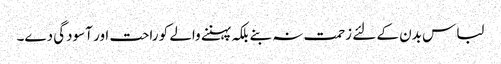
لباس بدن کے لئے زحمت نہ بنے بلکہ پہننے والے کو راحت اور آسودگی دے۔